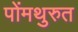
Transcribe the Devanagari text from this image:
पोंमथुरुत